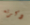
ذكرته